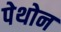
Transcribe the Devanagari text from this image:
पेथोन